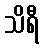
သိရီ